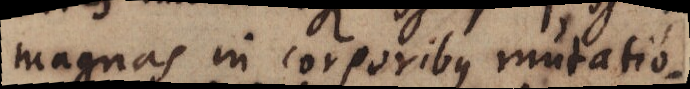
magnas in corporibus mutatio-